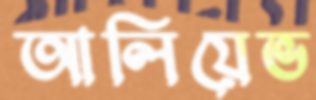
আলিয়েভ